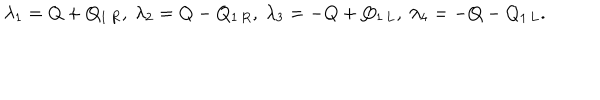
LaTeX: \lambda _ { 1 } = Q + Q _ { 1 \, R } , \ \lambda _ { 2 } = Q - Q _ { 1 \, R } , \ \lambda _ { 3 } = - Q + Q _ { 1 \, L } , \ \lambda _ { 4 } = - Q - Q _ { 1 \, L } .